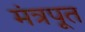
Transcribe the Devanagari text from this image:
मंत्रपूत